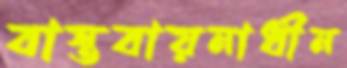
বাস্তবায়নাধীন